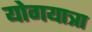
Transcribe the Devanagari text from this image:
योगयात्रा